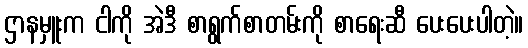
ဌာနမှူးက ငါကို အဲဒီ စာရွက်စာတမ်းကို စာရေးဆီ ပေးပေးပါတဲ့။